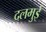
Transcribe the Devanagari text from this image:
दलमुई